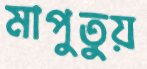
মাপুতুয়